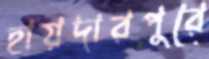
হায়দারপুরে